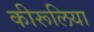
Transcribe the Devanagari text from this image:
कीरूलिया